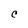
Character: C